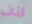
قذف